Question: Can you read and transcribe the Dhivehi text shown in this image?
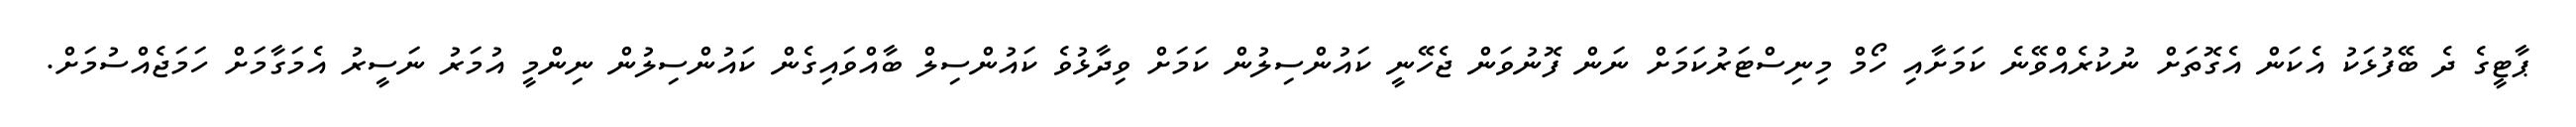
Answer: ޕާޓީގެ ދެ ބޭފުޅަކު އެކަން އެގޮތަށް ނުކުރެއްވޭނެ ކަމަށާއި ހޯމް މިނިސްޓަރުކަމަށް ނަން ފޮނުވަން ޖެހޭނީ ކައުންސިލުން ކަމަށް ވިދާޅުވެ ކައުންސިލް ބާއްވައިގެން ކައުންސިލުން ނިންމީ އުމަރު ނަސީރު އެމަގާމަށް ހަމަޖެއްސުމަށް.